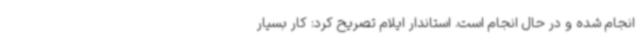
انجام شده و در حال انجام است. استاندار ایلام تصریح کرد: کار بسیار